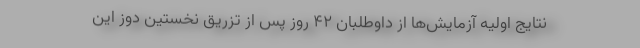
نتایج اولیه آزمایش‌ها از داوطلبان 42 روز پس از تزریق نخستین دوز این